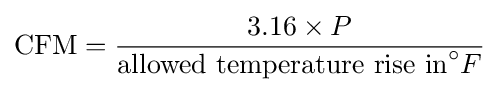
{\text{CFM}}={\frac {3.16\times P}{{\text{allowed temperature rise in}}^{\circ }F}}